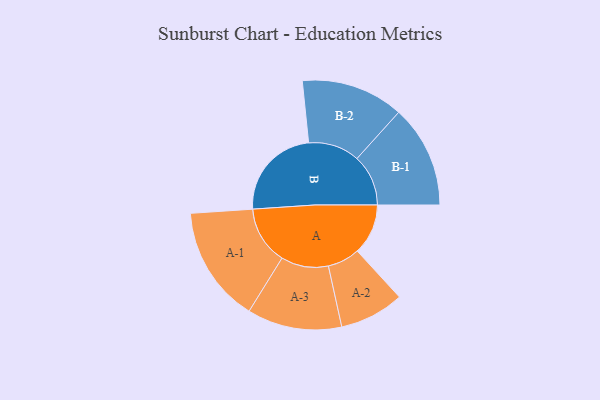
{"axis": {"x": "Segment", "y": "Value"}, "legend": ["", "A", "B"], "data": [{"x": "A", "y": 192, "type": ""}, {"x": "B", "y": 356, "type": ""}, {"x": "A-1", "y": 220, "type": "A"}, {"x": "A-2", "y": 122, "type": "A"}, {"x": "A-3", "y": 179, "type": "A"}, {"x": "B-1", "y": 194, "type": "B"}, {"x": "B-2", "y": 194, "type": "B"}]}